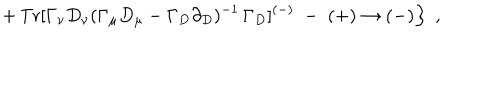
\left. + \, \mathrm { T r } [ \Gamma _ { \nu } D _ { \nu } ( \Gamma _ { \mu } D _ { \mu } - \Gamma _ { D } \partial _ { D } ) ^ { - 1 } \, \Gamma _ { D } ] ^ { ( - ) } \; - \; ( + ) \to ( - ) \right\} \; ,